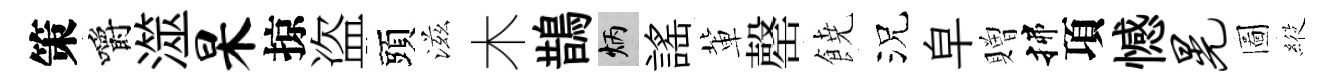
策嚼澨杲掠盗頭滋木鵲炳謡軰罄𩜙況皁贈揲項憾晃圖𦂵